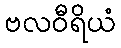
ဗလဝီရိယံ